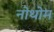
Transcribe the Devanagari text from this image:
नोथोम